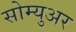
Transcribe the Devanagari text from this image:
सोम्युअर